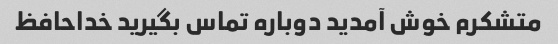
متشکرم خوش آمدید دوباره تماس بگیرید خداحافظ